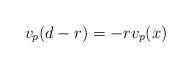
LaTeX: \begin{align*} v_p(d-r) = -rv_p(x)\end{align*}